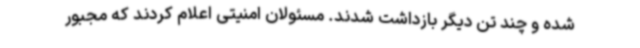
شده و چند تن دیگر بازداشت شدند. مسئولان امنیتی اعلام کردند که مجبور